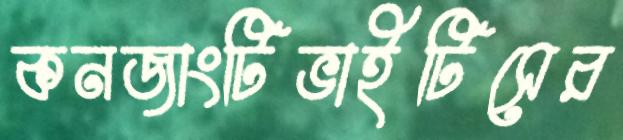
কনজাংটিভাইটিসের